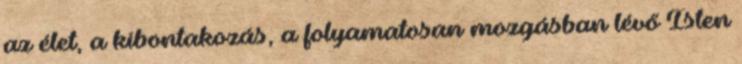
az élet, a kibontakozás, a folyamatosan mozgásban lévő Isten